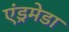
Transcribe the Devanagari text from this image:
एंड्रमेडा